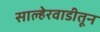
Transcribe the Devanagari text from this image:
साल्हेरवाडीतून